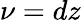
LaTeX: \nu=dz